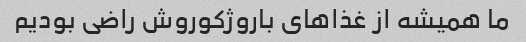
ما همیشه از غذاهای باروژکوروش راضی بودیم